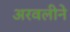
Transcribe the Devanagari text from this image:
अरवलीने